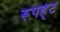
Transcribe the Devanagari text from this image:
रूपर्ह्ट